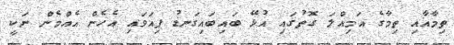
ތިމާއާއި ތިމާގެ އަމިއްލަ ގޮތުގައި އުޅޭ ބައިބައިގަނޑު ފިއަވައި އެހެން އެއްމެން ނަކީ